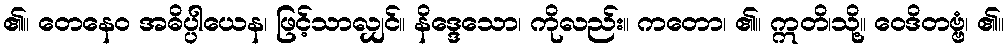
၏။ တေနေဝ အဓိပ္ပါယေန၊ ဖြင့်သာလျှင်။ နိဒ္ဒေသော၊ ကိုလည်း။ ကတော၊ ၏။ ဣတိ၊သို့။ ဝေဒိတဗ္ဗံ၊ ၏။